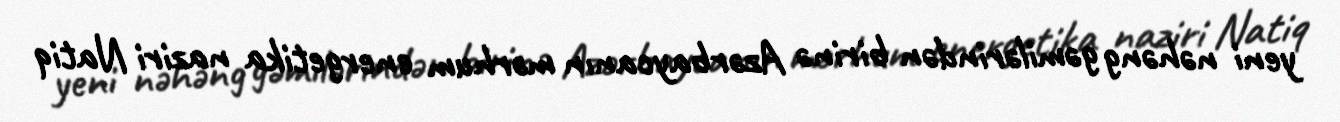
yeni nəhəng gəmilərindən birinə Azərbaycanın mərhum energetika naziri Natiq